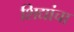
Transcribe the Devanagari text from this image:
शिद्यांचा